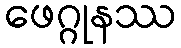
ဖေဂ္ဂုနဿ